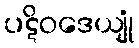
ပဋိဝဒေယျုံ